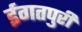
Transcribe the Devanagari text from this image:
ईगतपुरी